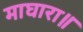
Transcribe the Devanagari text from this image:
माघारा॥